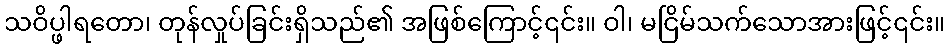
သဝိပ္ဖါရတော၊ တုန်လှုပ်ခြင်းရှိသည်၏ အဖြစ်ကြောင့်၎င်း။ ဝါ၊ မငြိမ်သက်သောအားဖြင့်၎င်း။